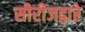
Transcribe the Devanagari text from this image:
सीरीजद्वारे